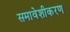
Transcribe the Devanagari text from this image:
समावेशीकरण